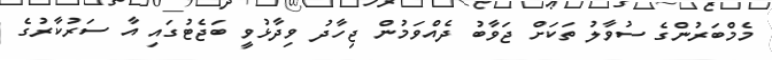
މެމްބަރުންގެ ސުވާލު ތަކަށް ޖަވާބު ދެއްވަމުން ޖިހާދު ވިދާޅުވީ ބަޖެޓުގައި އާ ސަރުކާރުގެ